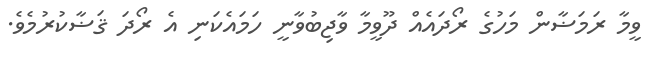
ވީމާ ރަމަޟާން މަހުގެ ރޯދައެއް ދޫވީމާ ވާޖިބުވާނީ ހަމައެކަނި އެ ރޯދަ ޤަޟާކުރުމެވެ.